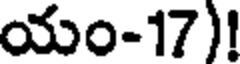
యం-17)!